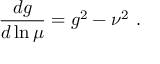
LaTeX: { \frac { d g } { d \ln \mu } } = g ^ { 2 } - \nu ^ { 2 } ~ .